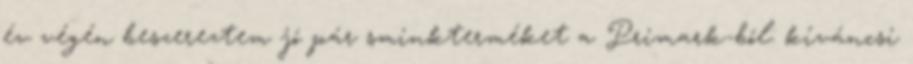
év végén beszereztem jó pár sminkterméket a Primark-ból: kíváncsi